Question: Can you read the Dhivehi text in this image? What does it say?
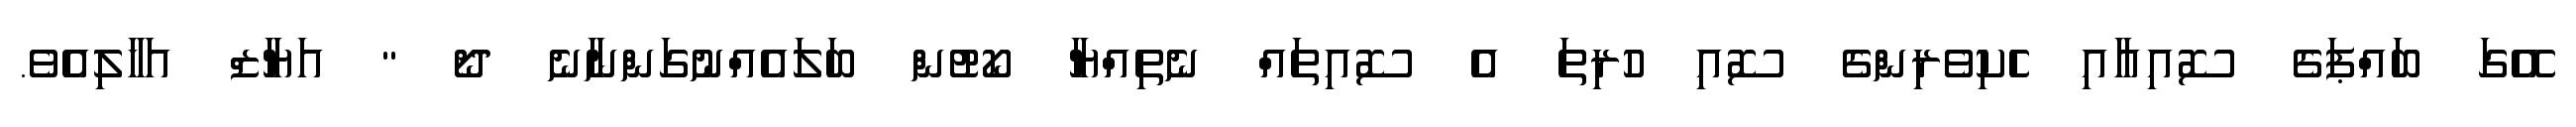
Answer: އޭގަ ބައްޕަގެ ސޮއިއާއި ހެކިވެރިންގެ ސޮއި ހުރިތަ އެ ސޮއިތައް ނެތިއްޔާ ކޯޓުން ބަލައެއްނުގަންނާނެ ދޯ " އަޔާޒް އަހާލިއެވެ.